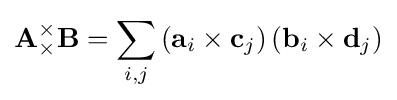
\mathbf {A} {}_{\times }^{\times }\mathbf {B} =\sum _{i,j}\left(\mathbf {a} _{i}\times \mathbf {c} _{j}\right)\left(\mathbf {b} _{i}\times \mathbf {d} _{j}\right)